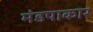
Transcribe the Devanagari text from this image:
मंडपाकार